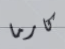
كارما